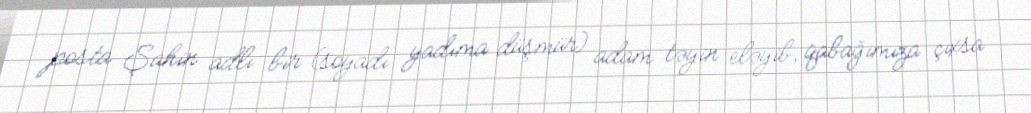
posta Şahin adlı bir (soyadı yadıma düşmür) adam təyin eləyib, qabağımıza çıxsa